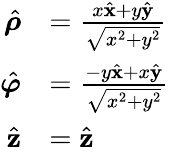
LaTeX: {\begin{array}{rl}{{\hat{\boldsymbol{\rho}}}}&{={\frac{x{\hat{\mathbf{x}}}+y{\hat{\mathbf{y}}}}{\sqrt{x^{2}+y^{2}}}}}\\ {{\hat{\boldsymbol{\varphi}}}}&{={\frac{-y{\hat{\mathbf{x}}}+x{\hat{\mathbf{y}}}}{\sqrt{x^{2}+y^{2}}}}}\\ {{\hat{\mathbf{z}}}}&{={\hat{\mathbf{z}}}}\end{array}}